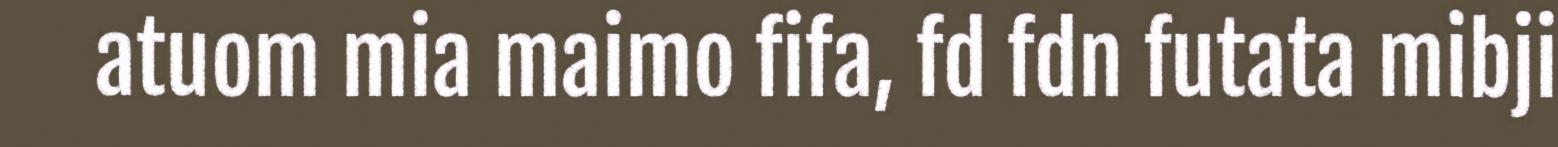
atuom mia maimo fifa, fd fdn futata mibji